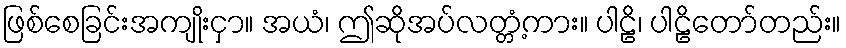
ဖြစ်စေခြင်းအကျိုးငှာ။ အယံ၊ ဤဆိုအပ်လတ္တံ့ကား။ ပါဠိ၊ ပါဠိတော်တည်း။